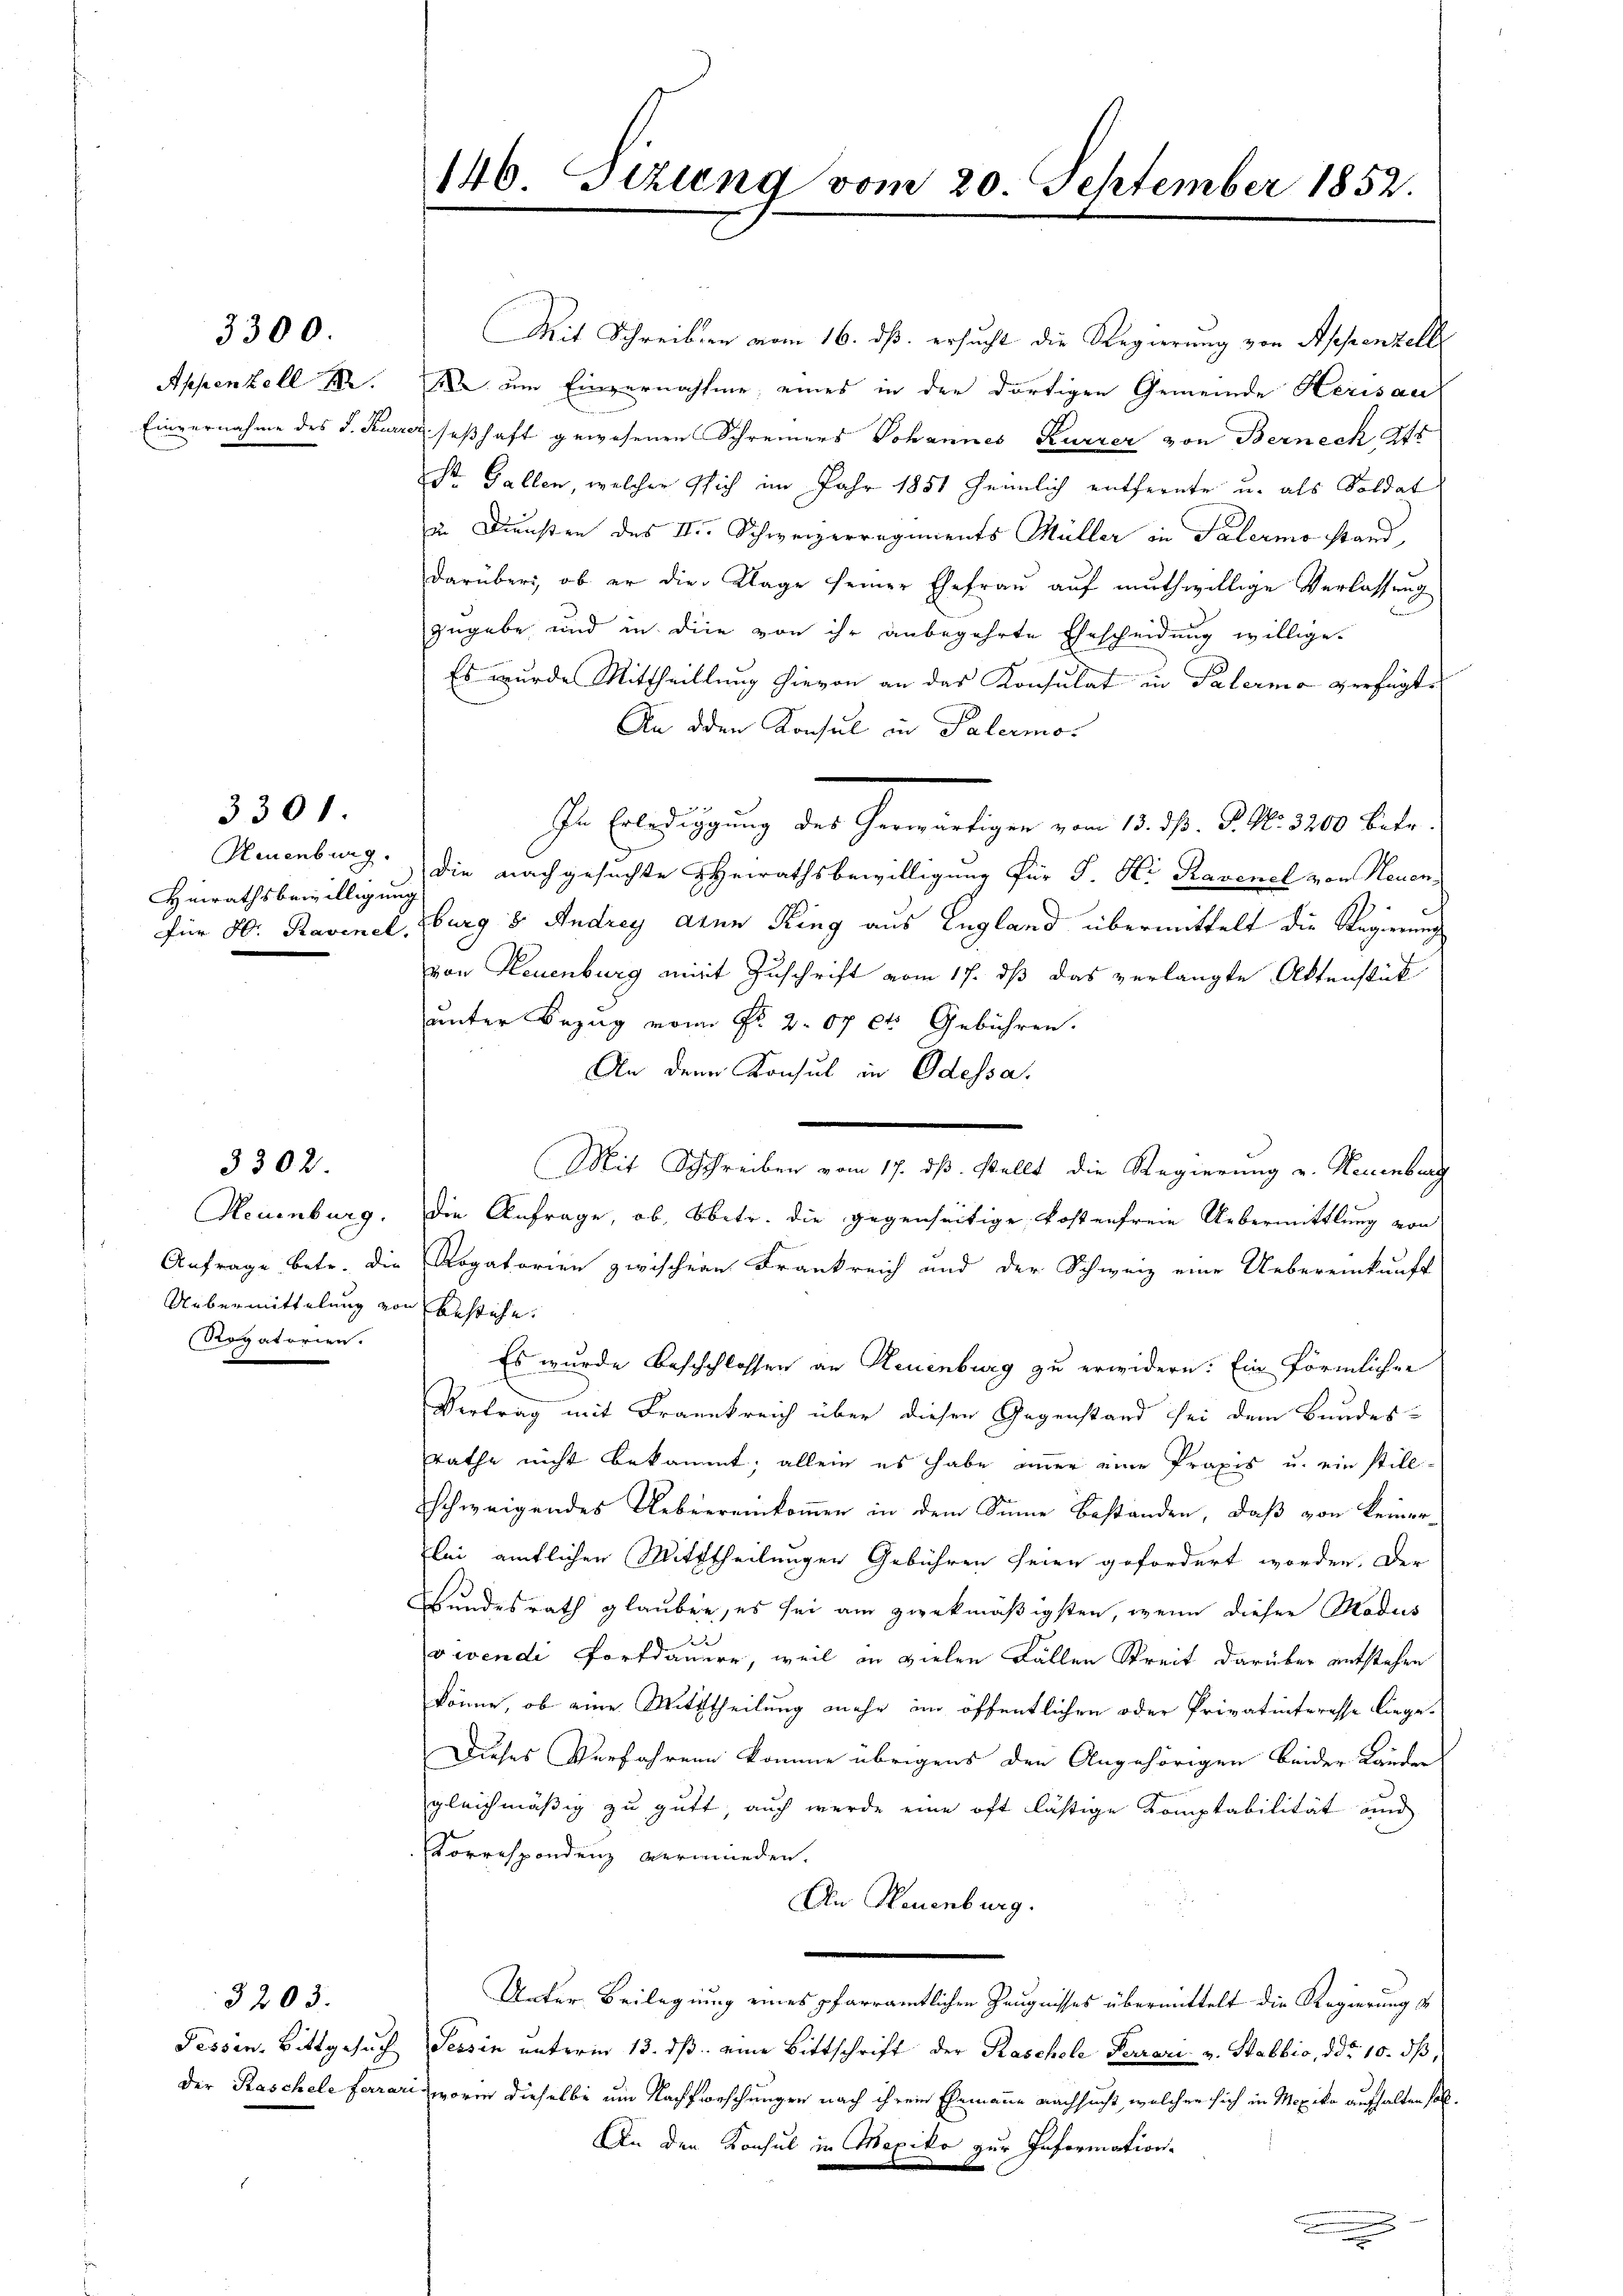
3300.

3301.

Hinrathsbewilligung

3302.

Uebermittelung von bestehe.
Rogatorien.

3203.

146. Sizung vom 20. September 1852.

Mit Schreiben vom 16. ds. ersucht die Regierung von Appenzelle
Appenzell M. D. um Einvernahme; eines in der dortigen Gemeinde Herisau
Einvernahme des J. Kurrer, seßhaft gewesenen Schreiners Johannes Kurrer von Berneck Att
Dr. Gallen, welcher sich im Jahr 1851 heimlich entfernte u. als Soldat
zu Diensten des II. Schweizerregiments Müller in Talermo stand,
darüber, ob er die Klage seiner Ehefraŭ aŭf muthwillige Verlassung
zugebe und in die von ihr anbegehrte Ehescheidung willige.
Es wurde Mittheillung hievon an das Konsulat in Palermo verfügte
An den Konsul in Palermo-
In Erbedingung des herwärtigen vom 13. d. d. M. 3200. betr.
Neuenburg. die nachgesuchte HHerrathsbewilligung für J. H. Ravenel von Neuen-
für 80. Ravinel, Burg 8. Andrey auen Ring aus England übermittelt die Regierung
von Neuenburg mit Zuschrift vom 17. dß das verlangte Aktenstück
unter Bezug vom No. 2. 07 et. Gebühren.
An den Konsul in Odessa.
Neuenburg. Die Anfrage, ob, Obetr. die gegenseitige Kostenfreie Uebermittlung von
Anfrage betr. die Rogatorien zwischen Frankreich und der Schweiz eine Uebereinkunft
Es wurde Beschchlossen an Neuenburg zu erwidern. Ein förmlichen
Vertrag mit Frankreich über diesen Gegenstand sei dem Bundes-
Rathe nicht bekommt; allein es habe immer eine Praxis u. ein stillschweigendes Ueberreinkommen in dem Sinne Bestanden, daß von keinerbei ämtlichen Mittheilungen Gebühren seien gefordert worden. Der
Bundesrath glauben, es sei am zwekmäßigsten, wenn dieser Modus
.
vivendi Fortdauern, weil in vielen Fällen Streit darüber entstehen
könne, ob eine Mittheilung mehr im öffentlichen oder Privatinteresse liege.
Dieses Verfahren komme übrigens den Angehörigen beider Länder
gleichmäßig zu gutt, auch werde eine oft lästige Komptabilität und
Korrespondenz vermieden.
An Neuenburg.
.
Unter Beilegung eines pfarramtlichen Zeugnisses übermittelt die Regierung
Fessen. Bittgesuch Tessin unterm 13. ds. eine Bittschrift der Kaschele Ferrari v. Stabbio, ddo. 10. dß,
der Raschele Ferrari, worin dieselbe um Nachforschungen nach ihrem Ehemanne nachsucht, welcher sich in Mexika aufhalten soll.
An den Konsul in Mexiko zur Information
.
.

Mit Schreiben vom 17. ds. stellt die Regierung v. Neuenburg